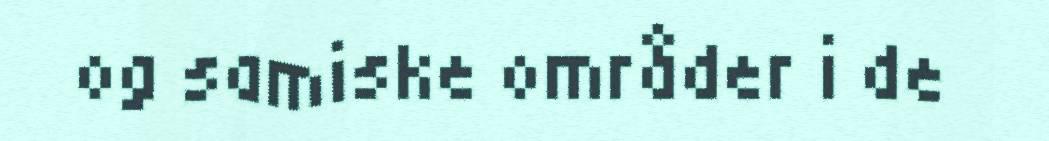
og samiske områder i de